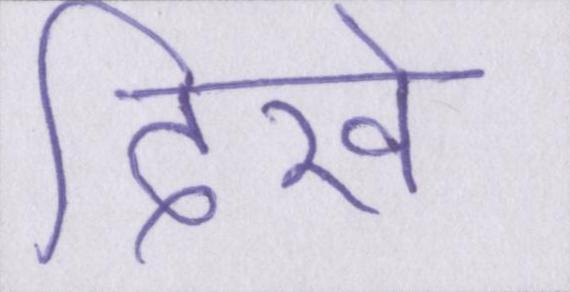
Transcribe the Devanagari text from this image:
दिखे